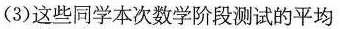
(3)这些同学本次数学阶段测试的平均